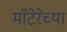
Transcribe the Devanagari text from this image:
माँटेरेच्या